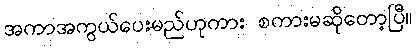
အကာအကွယ်ပေးမည်ဟုကား စကားမဆိုတော့ပြီ။